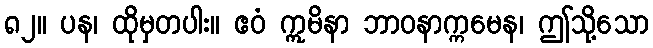
၈၂။ ပန၊ ထိုမှတပါး။ ဧဝံ ဣမိနာ ဘာဝနာက္ကမေန၊ ဤသို့သော